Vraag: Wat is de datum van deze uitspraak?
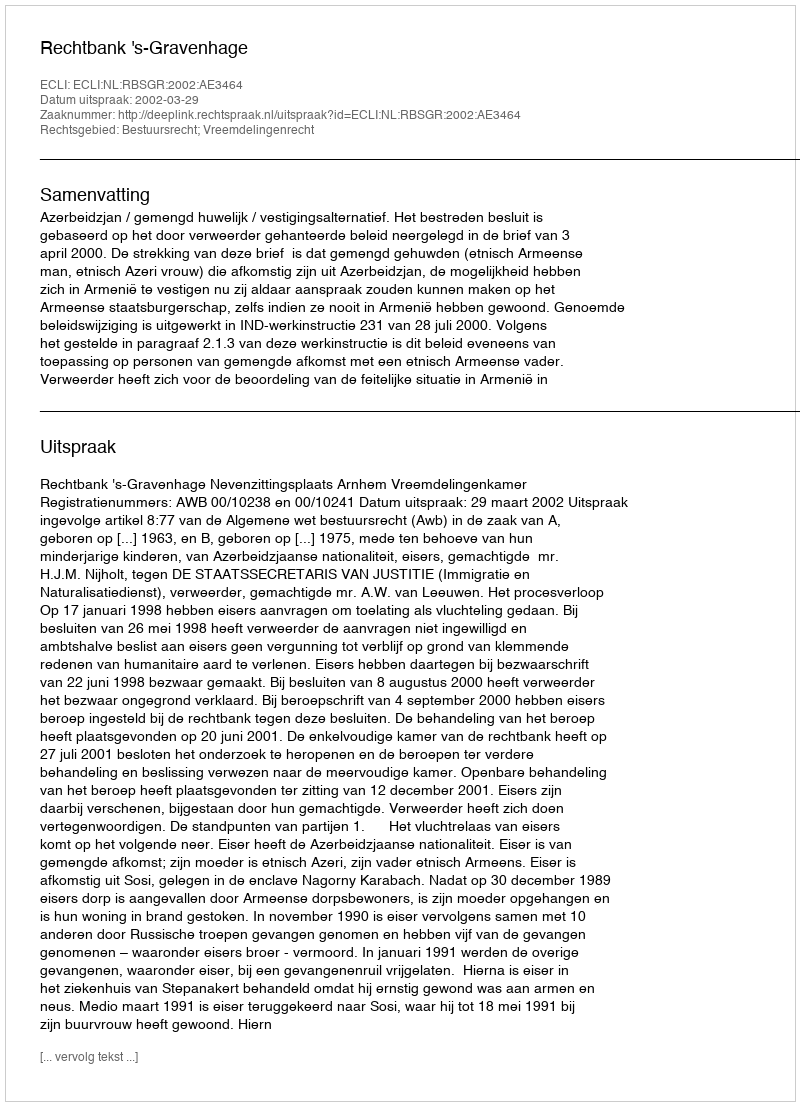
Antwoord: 2002-03-29